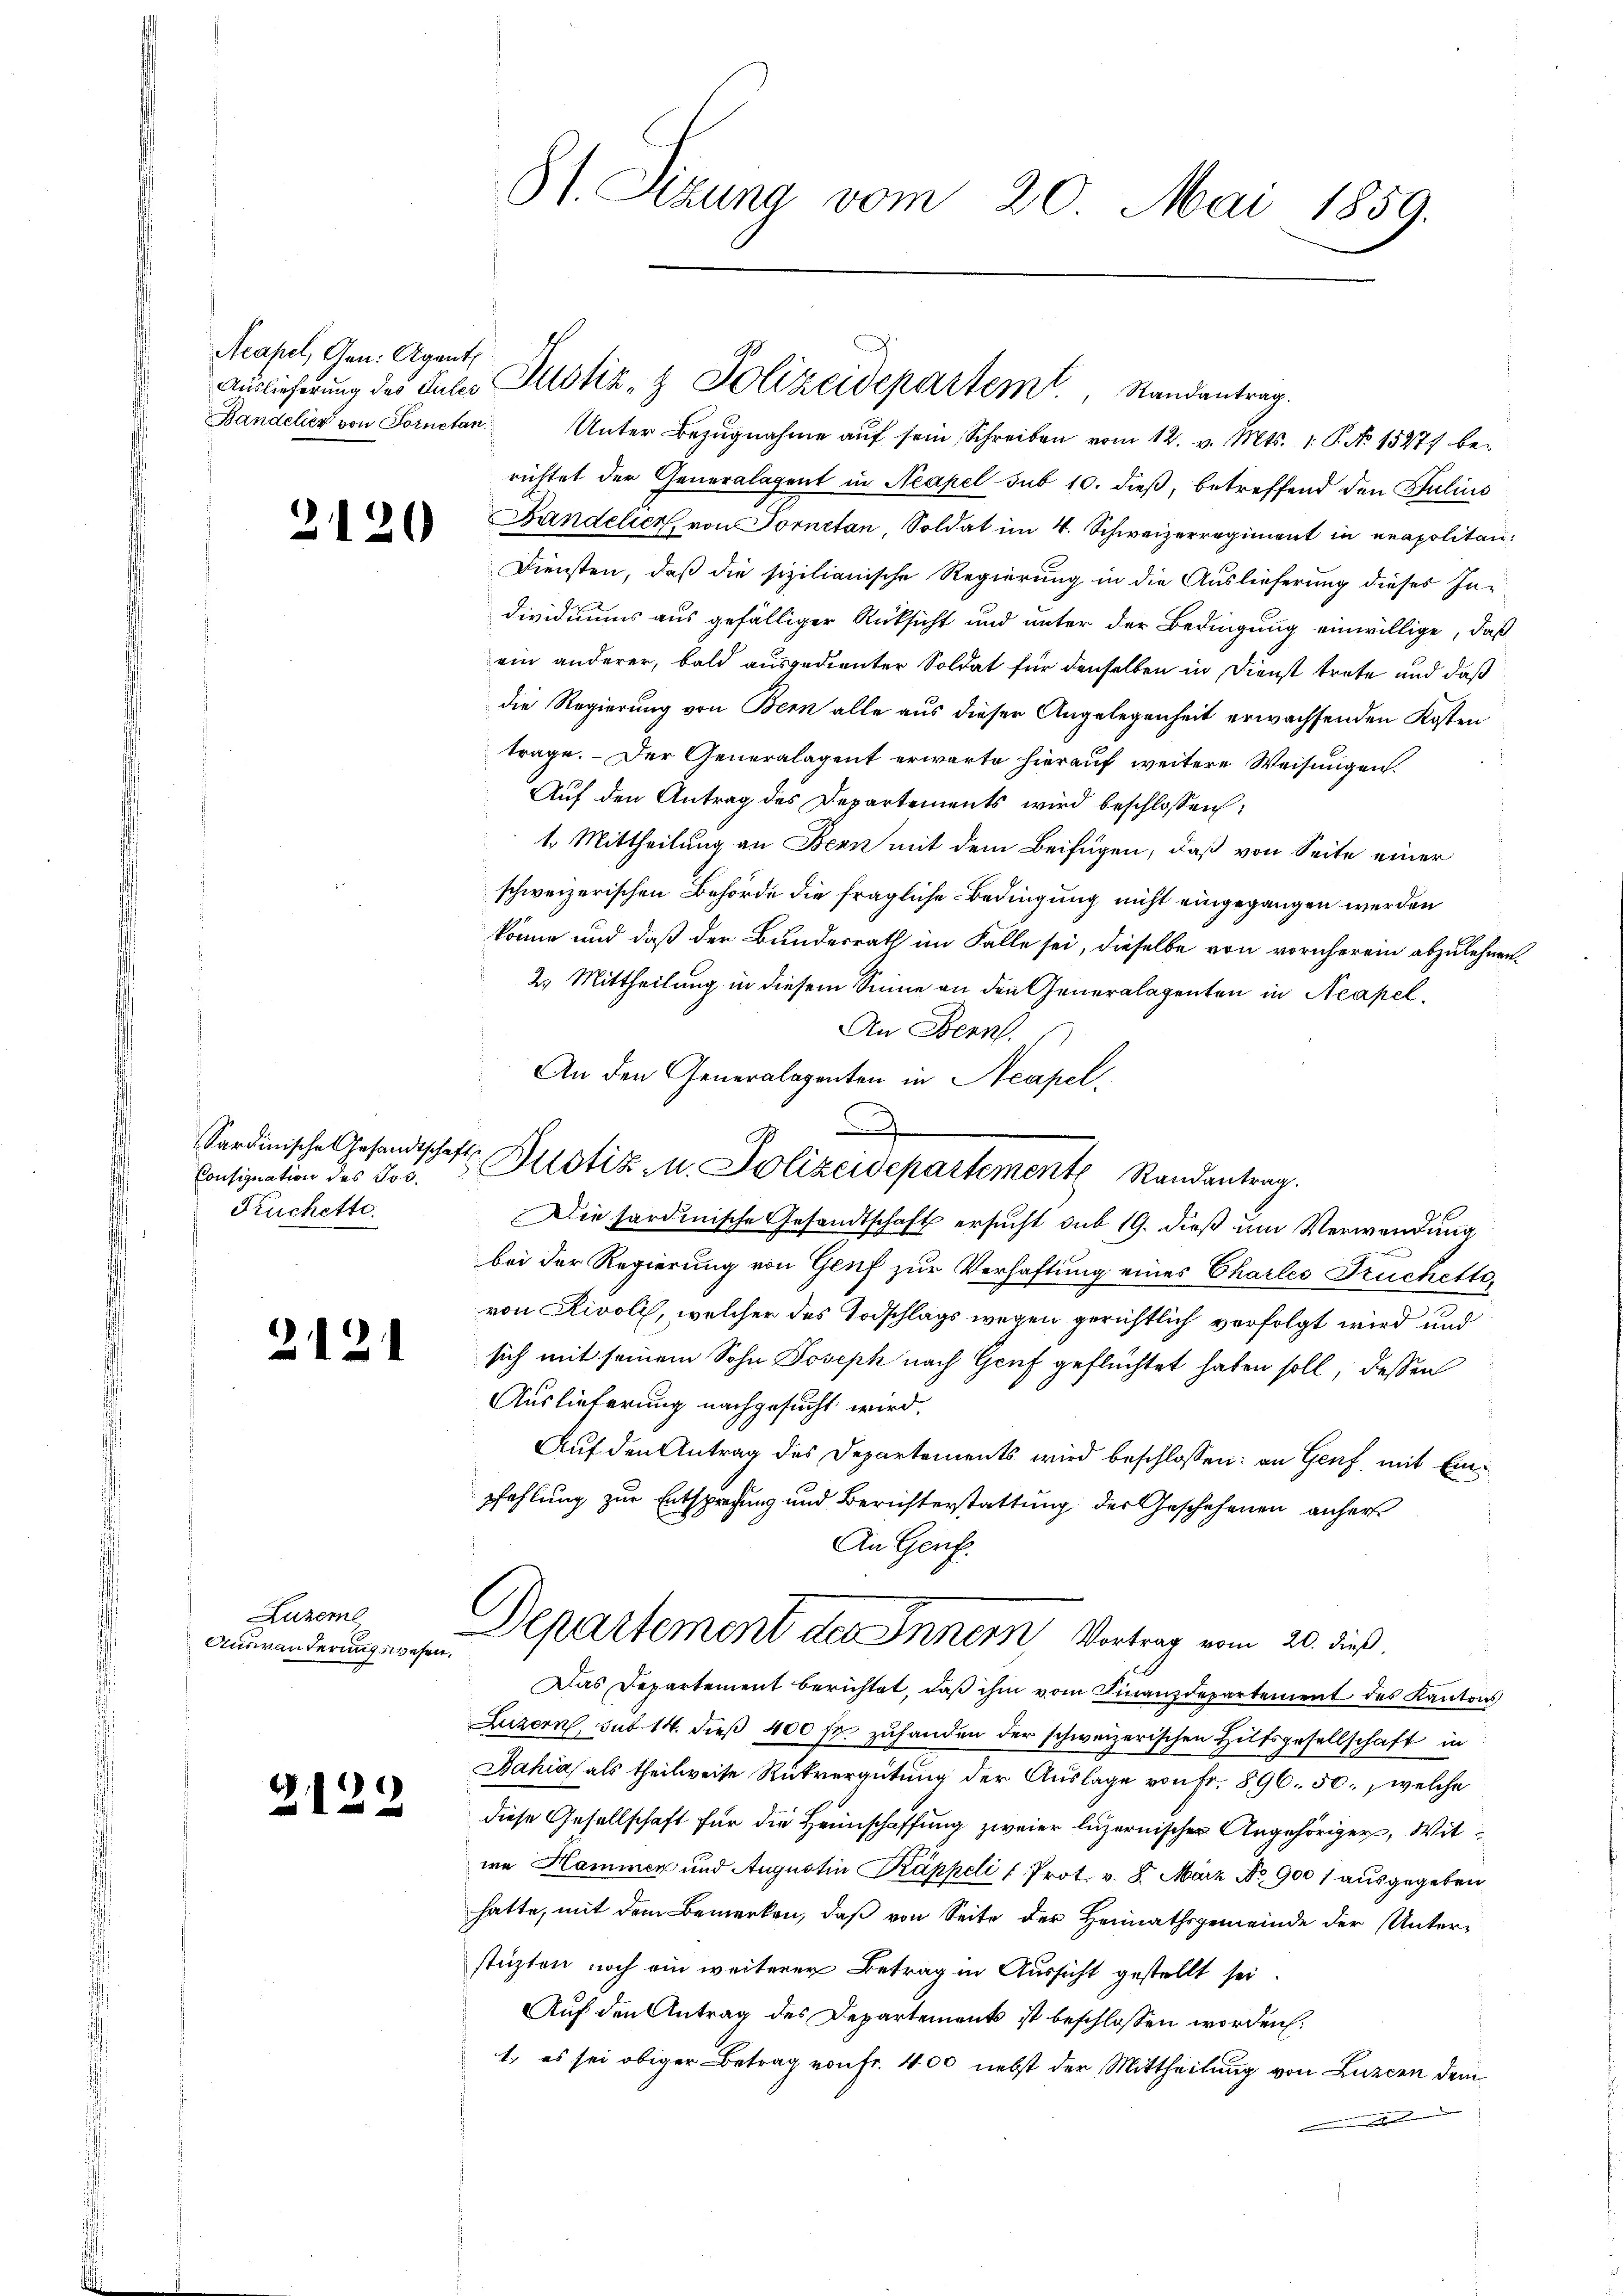
Acapel, Gen. Agent

2120

Sardinische Gesandtschaft
Consignation des Jos.
Kuchette.

2121

Luzerne
Auswanderungswesen,

2122

81. Sizung vom 20. Mai 1859.

Auslieferung des Juli Altstiz- & Polizeidepartem Randantrag.
Bandelier von Fornetan. Unter Bezŭgnahme aŭf sein Schreiben vom 12. v. Mts. 1. P. No 15277 be-
richtet der Generalagent in Neapel sub 10. dieß, betreffend den Julius
Bandelier, von Fornetan, Soldat im 4. Schweizerregiment in neapolitan¬
Diensten, daß die sizilianische Regierung in die Auslieferung dieses Inndividiums aus gefälliger Rücksicht und unter der Bedingung einwillige, daß
ein anderer, bald ausgedienter Soldat für denselben in Dienst trete und daß
die Regierung von Bern alle aus dieser Angelegenheit erwachsenden Kosten
trage. Der Generalagent erwarte hierauf weitere Weisungen.
Auf den Antrag des Departements wird beschlossen:
1. Mittheilung an Bern mit dem Beifügen, daß von Seite einer
schweizerischen Behörde die fragliche Bedingung nicht eingegangen werden
könne und daß der Bundesrath im Falle sei, dieselbe von vornherein abzulehnen.
2. Mittheilung in diesem Sinne an den Generalagenten in Neapel,
An Denn
An den Generalagenten in Neapel
Die sardinische Gesandtschaft ersucht sub 19. dieß um Verwendung
bei der Regierung von Genf zur Verhaftung eines Charles Fruchette
von Rivoli, welcher des Todschlags wegen gerichtlich verfolgt wird und
sich mit seinem Sohn Joseph nach Genf geflüchtet haben soll, dessen
Auslieferung nachgesucht wird.
Auf den Antrag des Departements wird beschlossen: an Genf, mit Einpfehlung zur Entsprechung und Berichterstattung der Geschehenen anher¬
An Genf.
Departement des Innern Vortrag vom 20. dieß.
Das Departement berichtet, daß ihm vom Finanzdepartement des Kantons
Luzern, sub 14. dieß 400 fr. zuhanden der schweizerischen Hilfsgesellschaft in
Jahia als theilweise Rückvergütung der Auslage von Fr. 896. 50., welche
diese Gesellschaft für die Heimschaffung zweier luzernischer Angehöriger, Witwa Hammen und Augustin Kappeli l. Prot. v. 8. März No 900 f ausgegeben
hatte, mit dem Bemerken, daß von Seite der Heimathsgemeinde der Unterstüzten noch ein weiterer Betrag in Aussicht gestellt sei
Auf den Antrag des Departements ist beschlossen worden.
1. es sei obiger Betrag von Fr. 400 nebst der Mittheilung von Luzern dem
1

A
Bustiz- u. Polizeidepartement Randantrag.